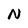
Character: N